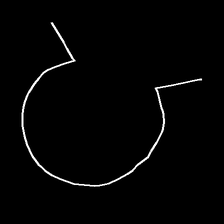
Glyph: weave